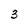
Character: 3